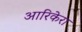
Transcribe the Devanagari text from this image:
आरिकेरा